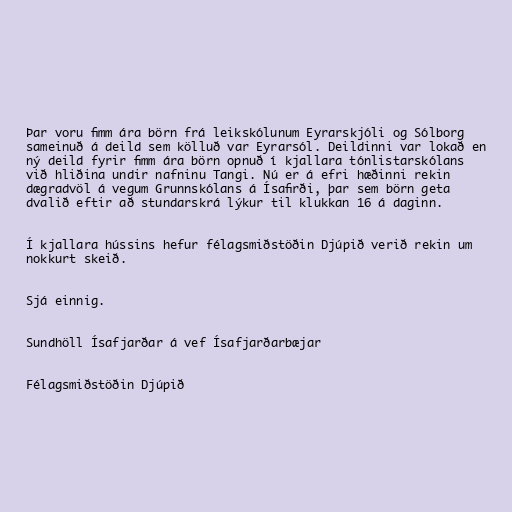
Þar voru fimm ára börn frá leikskólunum Eyrarskjóli og Sólborg
sameinuð á deild sem kölluð var Eyrarsól. Deildinni var lokað en
ný deild fyrir fimm ára börn opnuð í kjallara tónlistarskólans
við hliðina undir nafninu Tangi. Nú er á efri hæðinni rekin
dægradvöl á vegum Grunnskólans á Ísafirði, þar sem börn geta
dvalið eftir að stundarskrá lýkur til klukkan 16 á daginn.

Í kjallara hússins hefur félagsmiðstöðin Djúpið verið rekin um
nokkurt skeið.

Sjá einnig.

Sundhöll Ísafjarðar á vef Ísafjarðarbæjar

Félagsmiðstöðin Djúpið